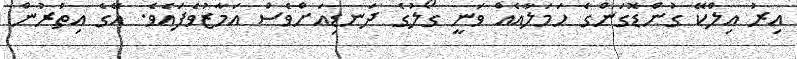
އިރު އިލްކޭ ގުންޑޮގަންގެ ހަމަލާއެއް ވަނީ ގޯލުގެ ދަނޑިއަށްވެސް އަމާޒުވެފައެވެ. އޭގެ އިތުރުން